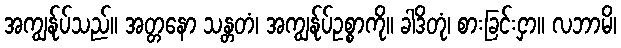
အကျွန်ုပ်သည်။ အတ္တနော သန္တတံ၊ အကျွန်ုပ်ဥစ္စာကို။ ခါဒိတုံ၊ စားခြင်းငှာ။ လဘာမိ၊